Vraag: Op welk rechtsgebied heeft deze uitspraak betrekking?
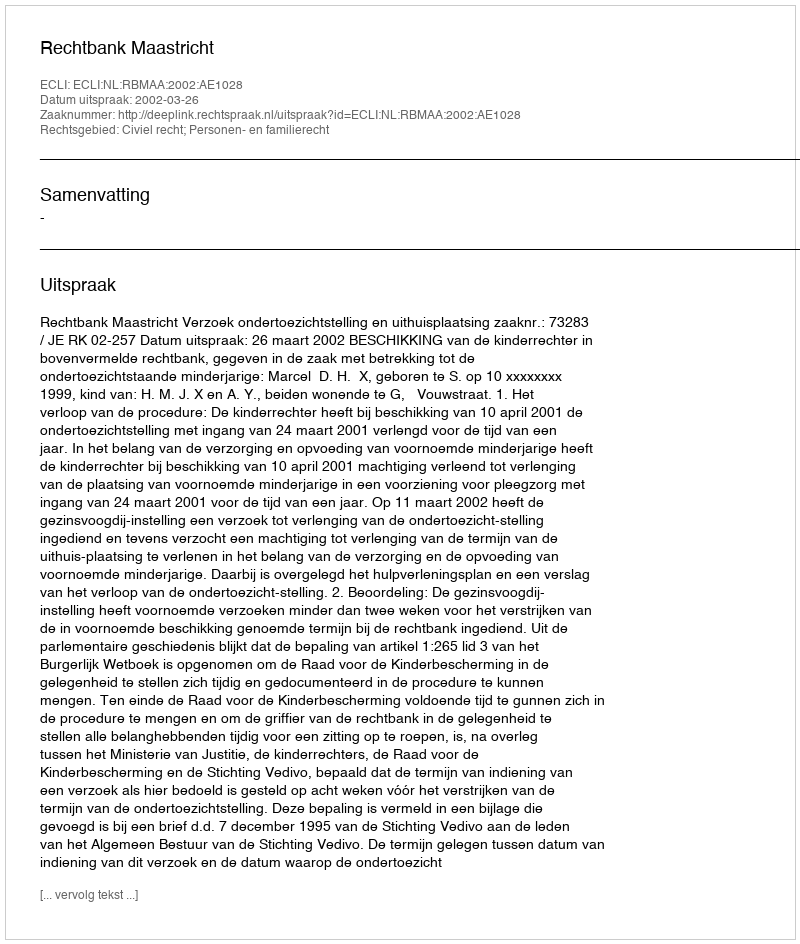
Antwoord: Civiel recht; Personen- en familierecht